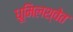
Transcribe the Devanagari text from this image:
धूमिलश्वेत